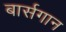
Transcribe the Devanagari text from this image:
बार्सगान